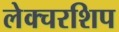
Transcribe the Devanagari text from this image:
लेक्चरशिप